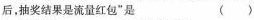
后，抽奖结果是流量红包”是 （）